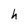
Character: h